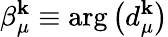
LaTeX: \beta_{\mu}^{\mathbf{k}}\equiv\arg\left(d_{\mu}^{\mathbf{k}}\right)